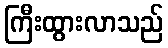
ကြီးထွားလာသည်